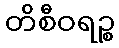
တိစီဝရဉ္စ